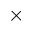
\times